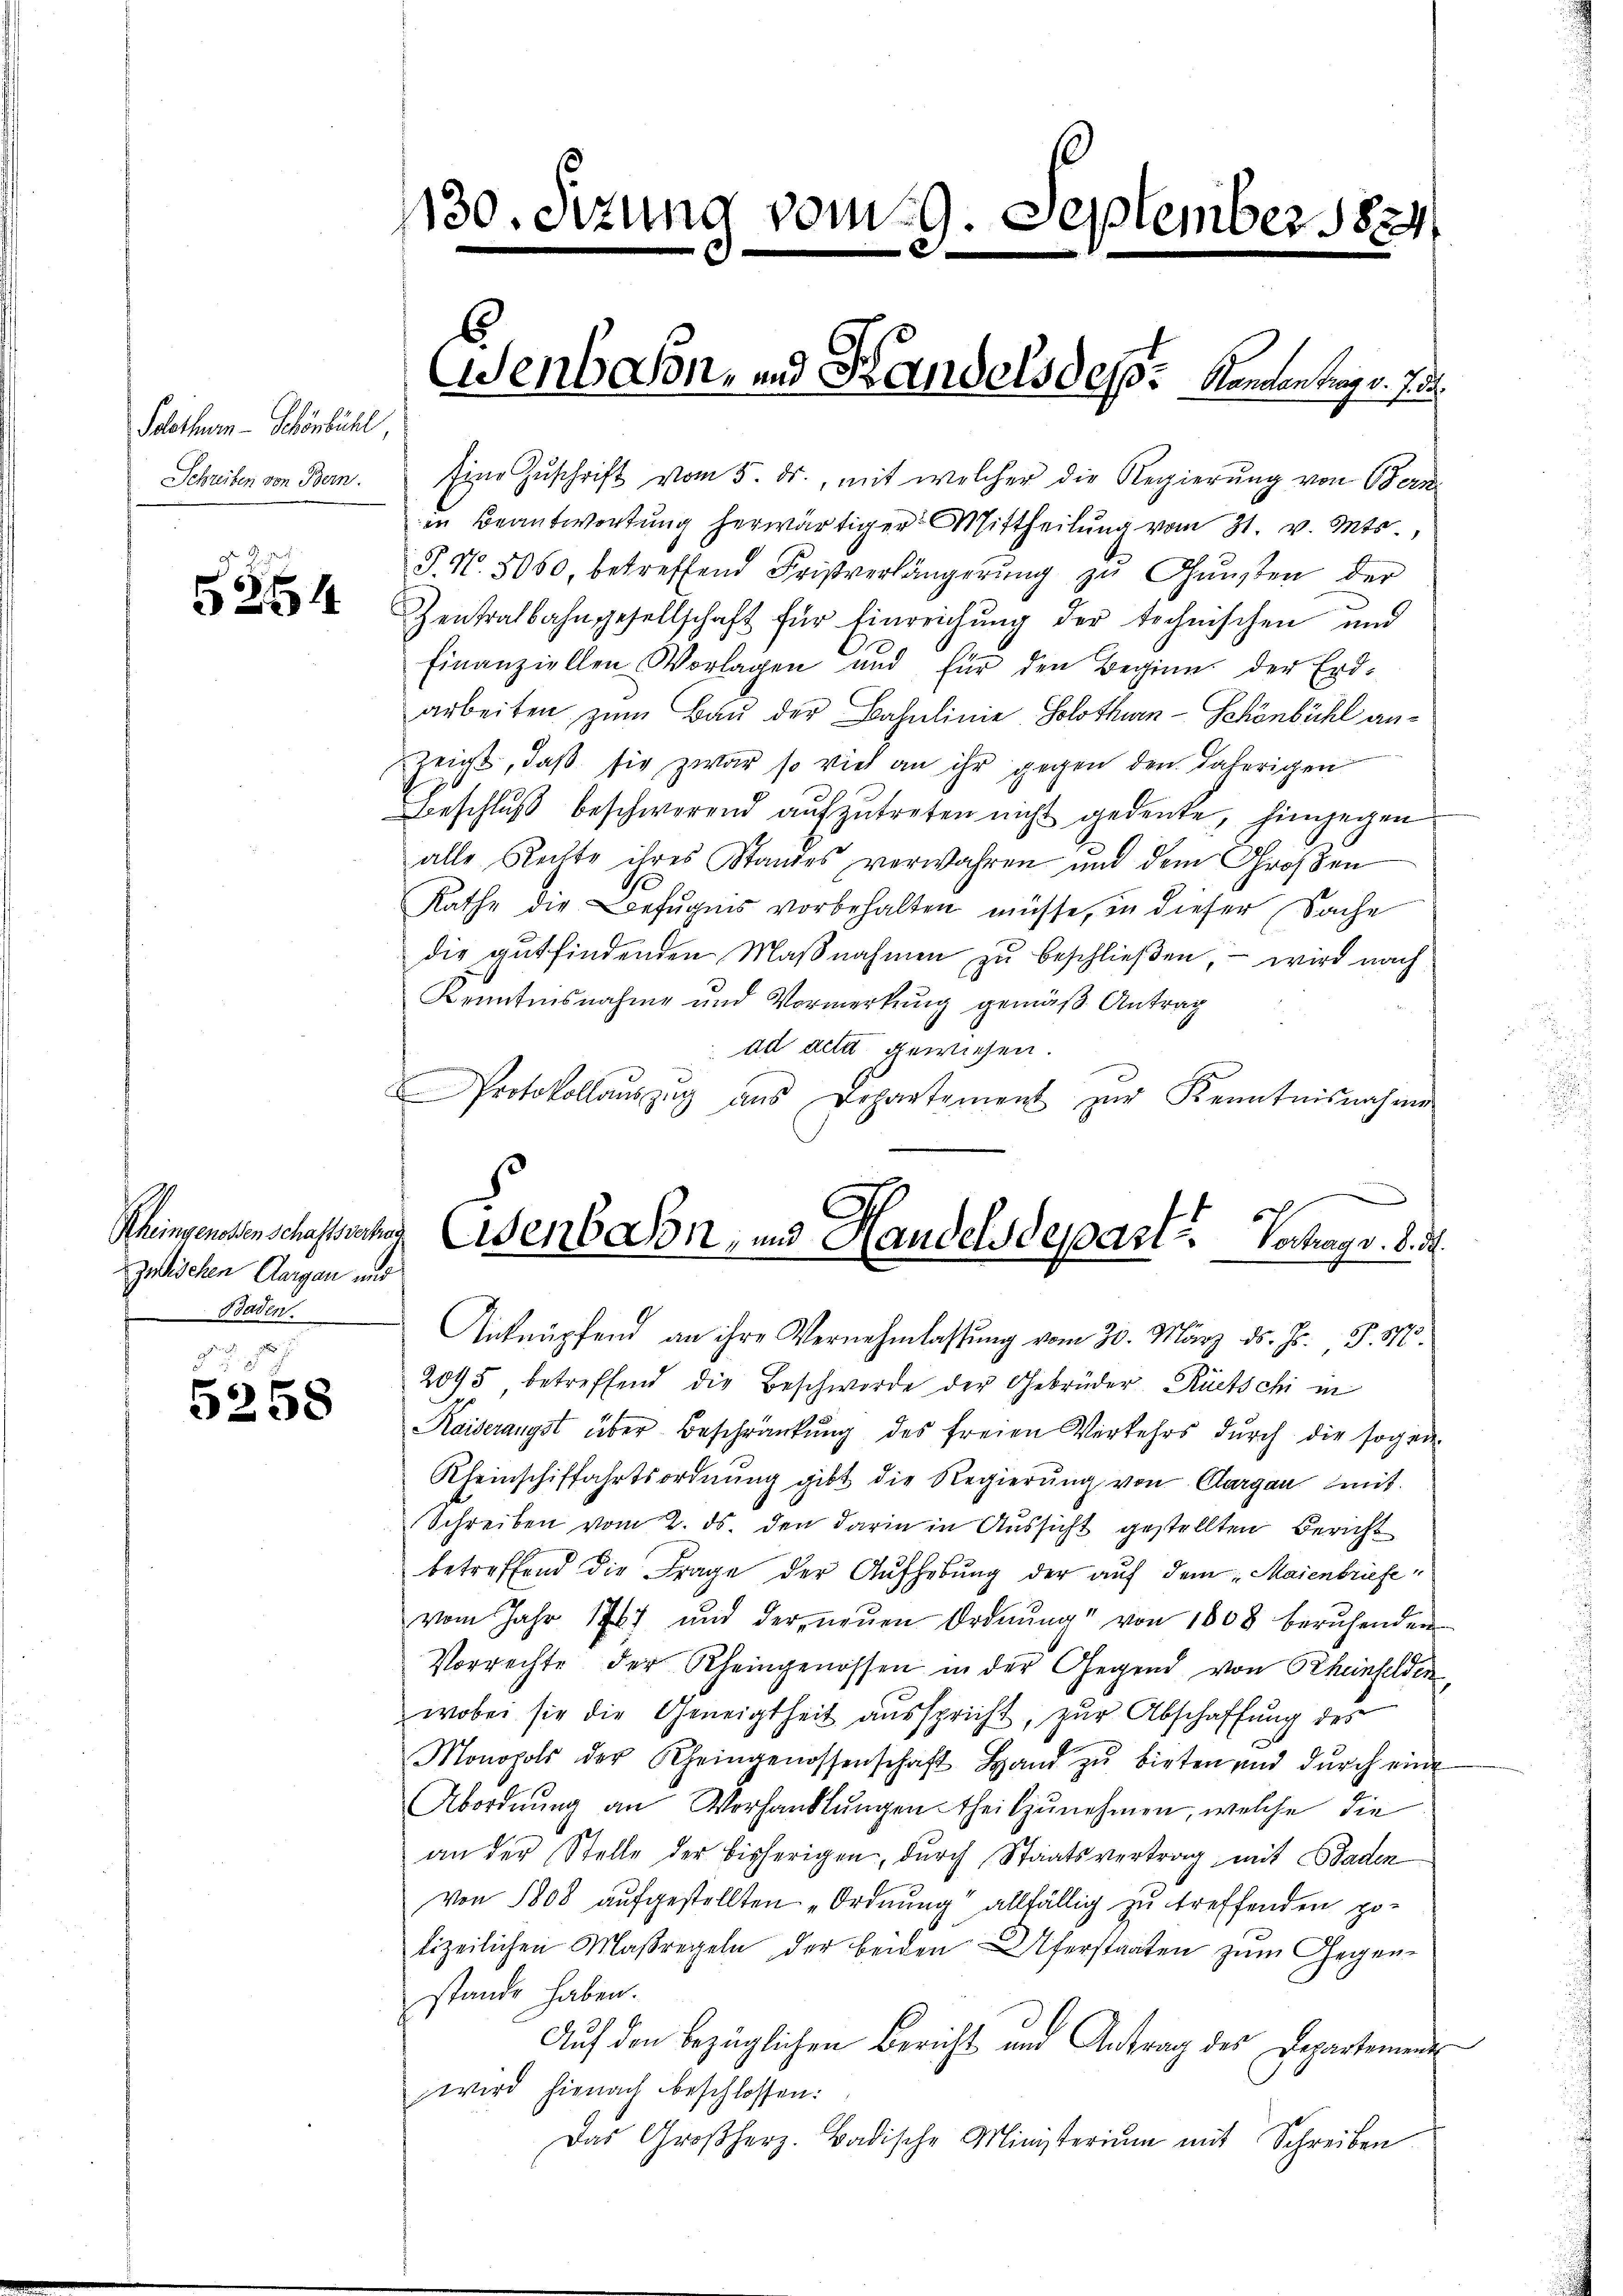
Solothurn - Schönbühl,
Schreiben von Bern.

5254

zwischen Aargau und
Baden.

g. d. 1
5258

1130. Sezung vom 19. September 1824

Eine Zuschrift vom 5. ds., mit welcher die Regierung von Bern
in Beantwortung herwärtiger Mittheilung vom 31. v. Mts.,
J. N. 5000, betreffend Fristverlängerŭng zŭ Gŭnsten der
Zentralbahngesellschaft für Einreichung der technischen und
finanziellen Vorlagen und für den Beginn der Erd-
arbeiten zŭm Bau der Bahnlinie, Solothurn-Schönbühl anzeigt, daß sie zwar so viel an ihr gegen den daherigen
Beschluß beschwerend aufzutreten nicht gedenke, hingegen
alle Rechte ihres Standes verwahren und dem Großen
Rathe die Befugnis vorbehalten müsse, in dieser Sache
die gutfindenden Maβnahmen zu beschließen, – wird nach
Kenntnisnahme und Vormerkung gemäß Antrag
ad acta gewiesen.
Protokollaŭszŭg aŭs Departement zŭr Kenntnisnahmen
Anknüpfend an ihre Vernehmlassung vom 30. März d. J. J. M.
2095, betreffend die Beschwerde der Gebrüder Rückschi in
Kaiserangst über Beschränkung des freien Verkehrs dŭrch die sogen-
Rheinschiffahrtsordnung gibt die Regierung von Aargau mit
Schreiben vom 2. ds. den darin in Aussicht gestellten Bericht
betreffend die Frage der Aufhebung der auf dem Maienbriefe
vom Jahr 1767 und der neŭen Ordnŭng von 1808 beruhenden
Vorrechte der Rheingenossen in der Gegend von Rheinfelden,
wobei sie die Geneigtheit ausspricht, zur Abschaffung des
Monopold der Rheingenossenschaft Hand zŭ bieten und dŭrch eine
Abordnŭng an Verhandlŭngen theilzunehmen, welche die
an der Stelle der bisherigen, durch Staatsvertrag mit Baden
von 1808 aufgestellten „Ordnung allfällig zu treffenden gelizeilichen Maßregeln der beiden Uferstaaten zum Gegenstande haben.
Auf den bezüglichen Bericht und Antrag des Departemen
wird hienach beschlossen:
Das Großherz. Badische Ministerium mit Schreiben

Wenbason, und Handels des Kanden tragt. Ju¬

Rheingenenschaftung Eisenbaron, und Handelsdepart. Verhag v. 8. d.